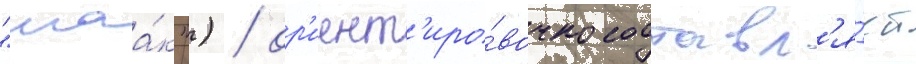
"маа́к") / ор'иент'иро́вочно составл'я́ет